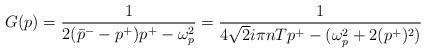
LaTeX: \begin{align*}G (p) = \frac{1}{2(\bar{p}^{-} - p^{+})p^{+} - \omega_{p}^{2}} =\frac{1}{4\sqrt{2}i\pi nTp^{+} - (\omega_{p}^{2} +2(p^{+})^{2})}\end{align*}